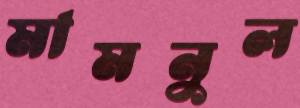
মামনুল